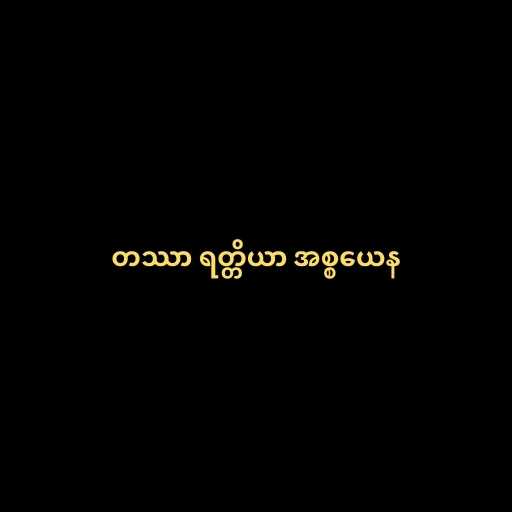
တဿာ ရတ္တိယာ အစ္စယေန